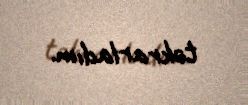
təkrarladım.